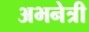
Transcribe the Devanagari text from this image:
अभनेत्री